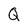
Character: Q